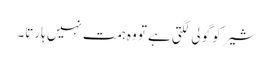
شیر کو گولی لگتی ہے تو وہ ہمت نہیں ہارتا۔